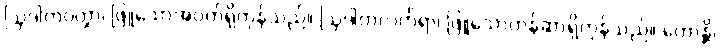
ဩဒါတဝတ္ထာ၊ ဖြူသောအဝတ်ရှိကုန်သည်။ ဩဒါတလင်္ကရာ၊ ဖြူသောတန်ဆာရှိကုန်သည်။ ဟောန္တိ၊